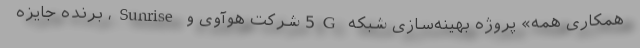
همکاری همه» پروژه بهینه‌سازی شبکه 5G شرکت هوآوی و Sunrise، برنده جایزه